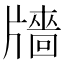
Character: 𤗼